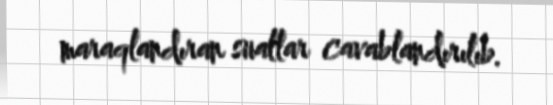
maraqlandıran suallar cavablandırılıb.